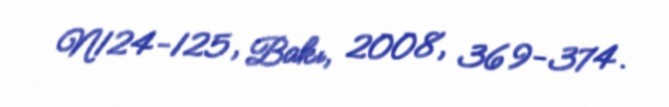
N124-125, Bakı, 2008, 369-374.